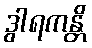
ဒွါရကန္တိ